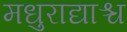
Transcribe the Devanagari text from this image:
मधुराद्याश्च